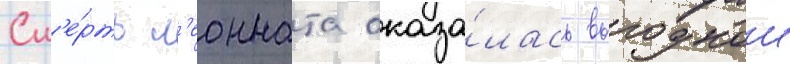
См'е́рть л'еонната оказа́лась выгоднои